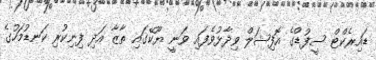
ޑައިރެކްޓް ސީފުޑްގެ އޮފިޝަލް ވިދާޅުވެފައި ވަނީ ޔޫކޭގައި ތާޒާ އަދި ފިނިކުރި ކަނޑުމަހުގެ